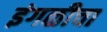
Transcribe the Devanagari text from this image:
इंगळीचा